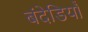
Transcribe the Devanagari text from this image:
बंदेडियाँ